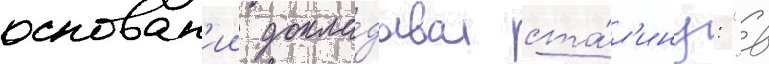
основан'ии докла́дывал ста́л'ину: "в